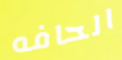
الحافه